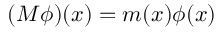
( M \phi ) ( x ) = m ( x ) \phi ( x )